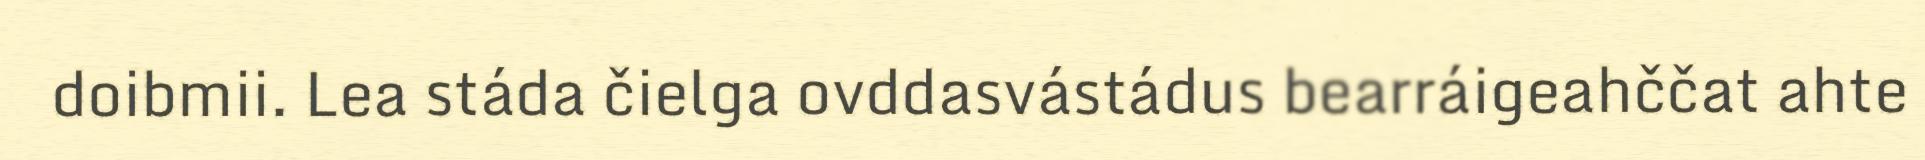
doibmii. Lea stáda čielga ovddasvástádus bearráigeahččat ahte